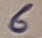
Text: 6